Leaving Certificate Examination, 1912
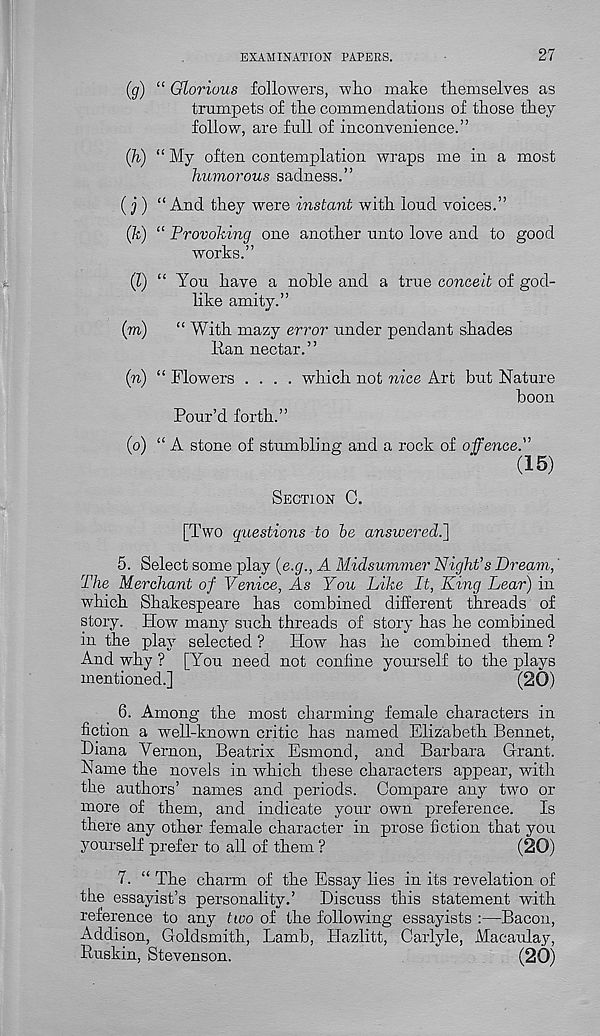
EXAMINATION PAPERS.
27
(g) “ Glorious followers, who make themselves as
trumpets of the commendations of those they
follow, are full of inconvenience.”
(h) “ My often contemplation wraps me in a most
humorous sadness.”
(j)
“ And they were in
(k) “ Provoking one another unto love and to good
works.”
(l) “ You have a noble and a true conceit of god-
like amity.”
(m)
“ With mazy error under pendant shades
Ran nectar.”
(n) “ Flowers .... which not nice Art but Nature
boon
Pour’d forth.”
(o) “A stone of stumbling and a rock of offence.”
(15)
SECTION 0.
[Two questions to be answered.]
5. Select some play (e.g., A Midsummer Night’s Dream,'
The Merchant of Venice, As You Like It, King Lear) in
which Shakespeare has combined different threads of
story. How many such threads of story has he combined
in the play selected ? How has he combined them ?
And why ? [You need not coniine yourself to the plays
mentioned. ]
(20)
6. Among the most charming female characters in
fiction a well-known critic has named Elizabeth Bennet,
Diana Vernon, Beatrix Esmond, and Barbara Grant.
Name the novels in which these characters appear, with
the authors’ names and periods. Compare any two or
more of them, and indicate your own preference. Is
there any other female character in prose fiction that you
yourself prefer to all of them ?
(20)
7. “ The charm of the Essay lies in its revelation of
the essayist’s personality.’ Discuss this statement with
reference to any two of the following essayists :—Bacon,
Addison, Goldsmith, Lamb, Hazlitt, Carlyle, Macaulay,
Ruskin, Stevenson.
(20)